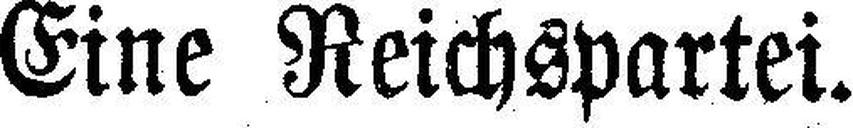
Eine Reichspartei.